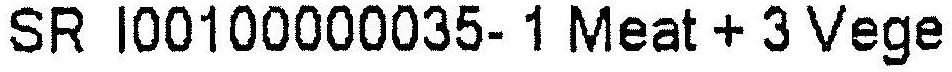
SR I00100000035- 1 MEAT + 3 VEGE